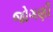
જોગણી